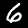
Digit: 6